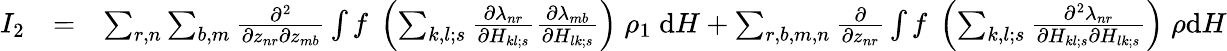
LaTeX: \begin{array}{rlr}{I_{2}}&{=}&{\sum_{r,n}\sum_{b,m}{\frac{\partial^{2}}{\partial z_{nr}\partial z_{mb}}}\int f\; \left(\sum_{k,l;s}{\frac{\partial\lambda_{nr}}{\partial H_{kl;s}}}{\frac{\partial\lambda_{mb}}{\partial H_{lk;s}}}\right)\; \rho_{1}\; \mathrm{d}H+\sum_{r,b,m,n}{\frac{\partial}{\partial z_{nr}}}\int f\; \left(\sum_{k,l;s}{\frac{\partial^{2}\lambda_{nr}}{\partial H_{kl;s}\partial H_{lk;s}}}\right)\; \rho\mathrm{d}H}\end{array}